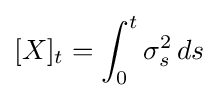
[X]_{t}=\int _{0}^{t}\sigma _{s}^{2}\,ds